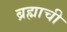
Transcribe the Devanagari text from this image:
ब्रह्माची